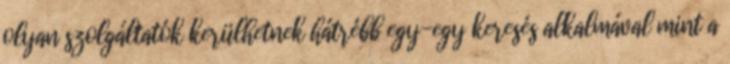
olyan szolgáltatók kerülhetnek hátrébb egy-egy keresés alkalmával mint a